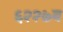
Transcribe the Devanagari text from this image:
६२२७ब